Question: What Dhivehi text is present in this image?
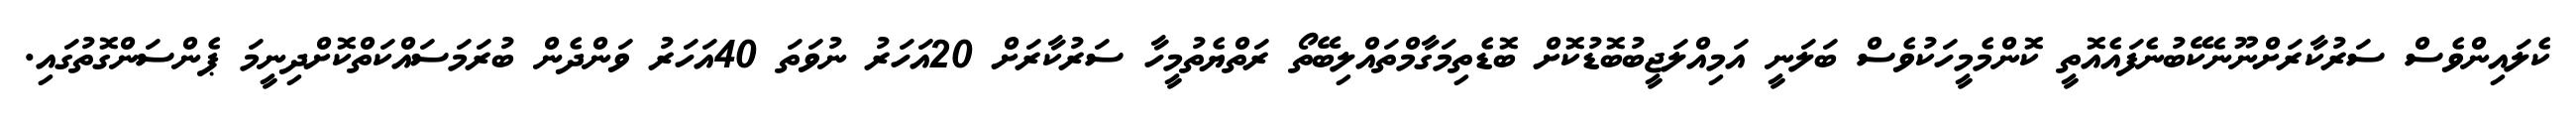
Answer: ކެލައިންވެސް ސަރުކާރަށްނޫނެކޭބުނެފައެއޮތީ ކޮންމެމީހަކުވެސް ބަލަނީ އަމިއްލަޖީބުބޮޑުކޮށް ބޮޑެތިމަގާމްތައްލިބޭތޯ ރަތްޔެތުމީހާ ސަރުކާރަށް 20އަހަރު ނުވަތަ 40އަހަރު ވަންދެން ބުރަމަސައްކަތްކޮށްދިނީމަ ޕެންސަންގޮތުގައި.